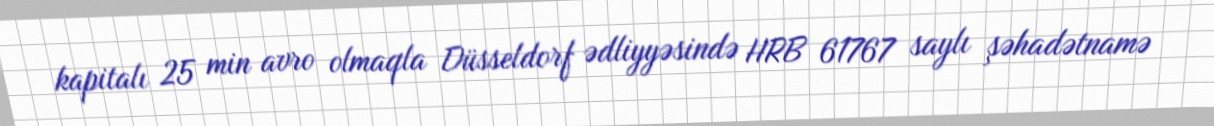
kapitalı 25 min avro olmaqla Düsseldorf ədliyyəsində HRB 61767 saylı şəhadətnamə